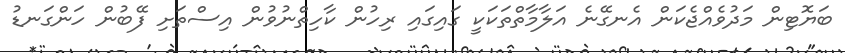
ބަޔޮޓިން މަދުވެއްޖެކަން އެނގޭނެ އަލާމާތްތަކަކީ ގައިގައި ރިހުން ކާހިތްނުވުން އިސްތަށި ފޭބުން ހަންގަނޑު